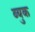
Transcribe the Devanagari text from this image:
ब्युक